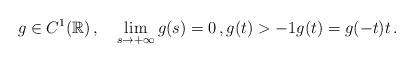
LaTeX: \begin{align*}&g\in C^1(\mathbb{R})\,, \quad\lim_{s\to +\infty} g(s)=0\,, g(t)>-1g(t)=g(-t)t\,.\end{align*}